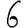
Digit: 6